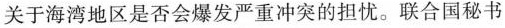
关于海湾地区是否会爆发严重冲突的担忧。联合国秘书